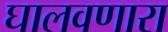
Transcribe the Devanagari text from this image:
घालवणारा